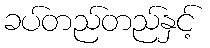
ခပ်တည်တည်နှင့်